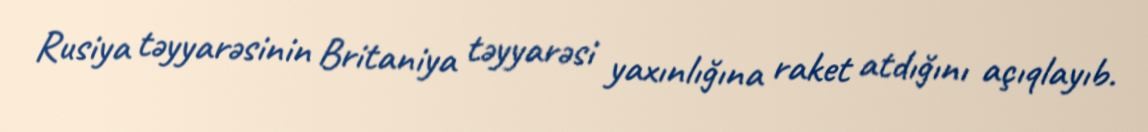
Rusiya təyyarəsinin Britaniya təyyarəsi yaxınlığına raket atdığını açıqlayıb.